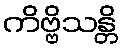
ကိဗ္ဗိသန္တိ